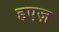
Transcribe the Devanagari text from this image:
हएज़